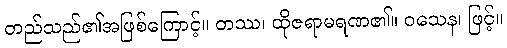
တည်သည်၏အဖြစ်ကြောင့်။ တဿ၊ ထိုဇရာမရဏ၏။ ဝသေန၊ ဖြင့်။